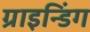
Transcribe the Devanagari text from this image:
ग्राइन्डिंग